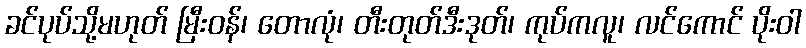
ခင်ပုပ်သို့မဟုတ် မြီးဝန်၊ တောလုံ၊ တီးတုတ်ဒီးဒုတ်၊ ကုပ်ကလူ၊ လင်ကောင် ပိုးဝါ